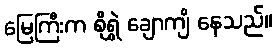
မြေကြီးက စိုရွှဲ ချောကျိ နေသည်။